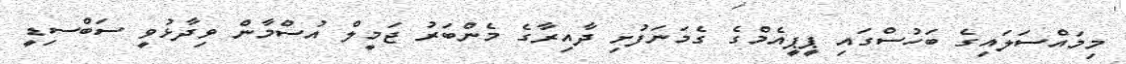
މިމައްސަލައިގެ ބަހުސްގައި ޕީޕީއެމްގެ ގެމަނަފުށި ދާއިރާގެ މެންބަރު ޖަމީލް އުސްމާން ވިދާޅުވީ ސަބްސިޑީ